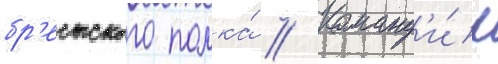
бр'естского полка́ // Команд'и́р